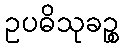
ဥပဓိသုခဉ္စ